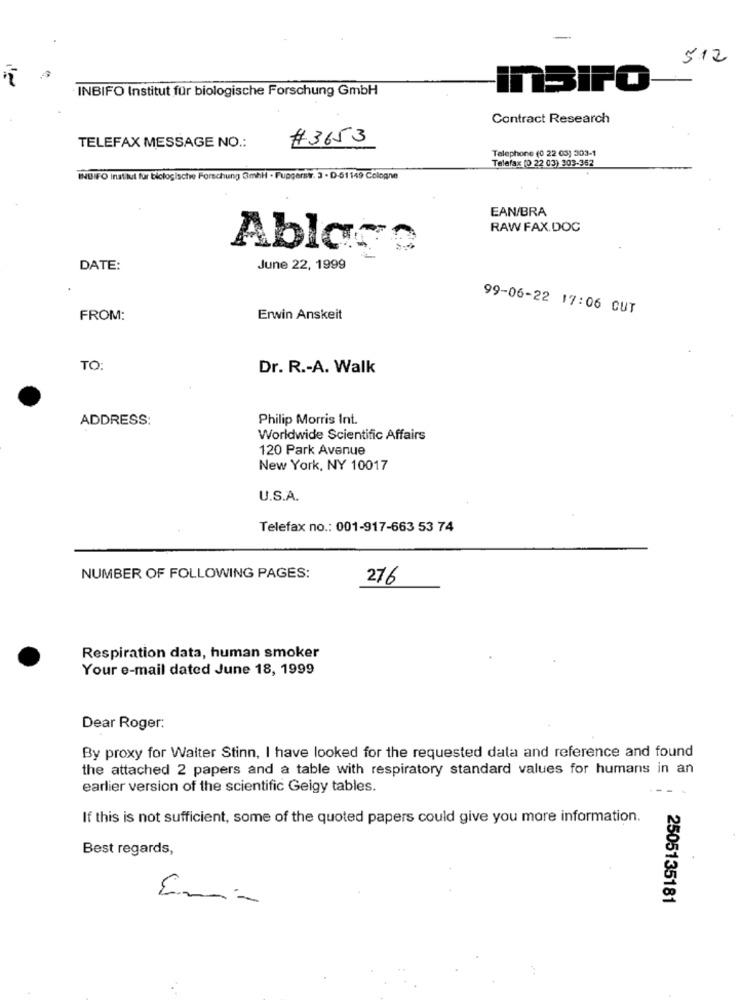
512
· INBIFO Institut für biologische Forschung GmbH
insiPO
Contract Research
# 3653
TELEFAX MESSAGE NO .:
Telephone (0 22 03) 303-1
Telefax (0 22 03) 303-352
İNBIFO Institut für biologische Forschung GmhH · Fuggersir. 3 - D-51149 Cologne
EAN/BRA
RAW FAX.DOC
Ablars
DATE:
June 22, 1999
99-06-22 17:06 CUT
FROM:
Erwin Anskeit
TO:
Dr. R .- A. Walk
ADDRESS:
Philip Morris Int.
Worldwide Scientific Affairs
120 Park Avenue
New York, NY 10017
U.S.A.
Telefax no .: 001-917-663 53 74
NUMBER OF FOLLOWING PAGES:
276
Respiration data, human smoker
Your e-mail dated June 18, 1999
Dear Roger:
By proxy for Walter Stinn, I have looked for the requested data and reference and found
the attached 2 papers and a table with respiratory standard values for humans in an
earlier version of the scientific Geigy tables.
If this is not sufficient, some of the quoted papers could give you more information.
Best regards,
2505135181